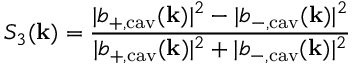
S _ { 3 } ( \mathbf { k } ) = \frac { | b _ { + , \mathrm { c a v } } ( \mathbf { k } ) | ^ { 2 } - | b _ { - , \mathrm { c a v } } ( \mathbf { k } ) | ^ { 2 } } { | b _ { + , \mathrm { c a v } } ( \mathbf { k } ) | ^ { 2 } + | b _ { - , \mathrm { c a v } } ( \mathbf { k } ) | ^ { 2 } }